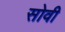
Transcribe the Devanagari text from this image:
सोवी